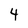
Character: 4